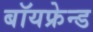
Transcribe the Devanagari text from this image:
बॉयफ्रेन्ड